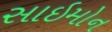
સાઇમોન